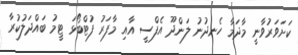
ކަށަވަރުވާނީ މާދަމާ ހެނދުނު ލަންދޫ އެފްސީ އާއި މާފަރު ފުޓްބޯޅަ ޓީމު ބައްދަލުކުރާ